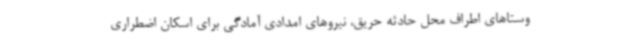
وستاهای اطراف محل حادثه حریق، نیروهای امدادی آمادگی برای اسکان اضطراری